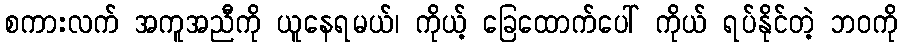
စကားလက် အကူအညီကို ယူနေရမယ်၊ ကိုယ့် ခြေထောက်ပေါ် ကိုယ် ရပ်နိုင်တဲ့ ဘဝကို